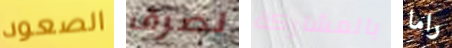
الصعود لصرف بالمشاركة راما